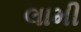
લામી